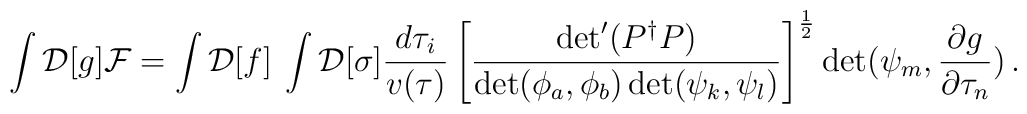
\int {\cal D}[g] {\cal F} = \int {\cal D}[f] \: \int {\cal D}[\sigma]   {d\tau_i\over v(\tau)}   \left[ {\det'(P^\dagger P)\over    \det(\phi_a,\phi_b)\det(\psi_k,\psi_l)} \right]^{1\over 2} \det  (\psi_m,{\partial g\over \partial\tau_n}) \, .